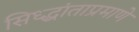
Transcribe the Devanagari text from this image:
सिध्द्धांताप्रमाणे